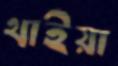
থাইয়া